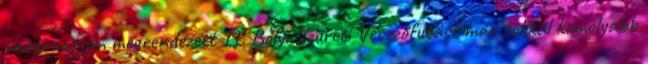
vasárnapján megrendezett II. Bólyi Szüreti Vesszőfutást már sokkal komolyabb